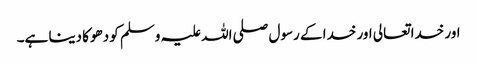
اور خدا تعالی اور خدا کے رسول صلی اللہ علیہ وسلم کو دھوکا دینا ہے۔